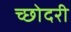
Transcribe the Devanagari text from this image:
च्छोदरी